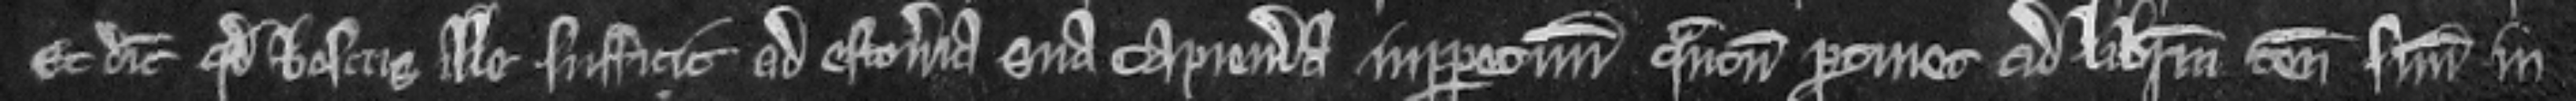
Et dicit quod boscus ille sufficit ad estoveria sua capienda inperpetuum quantum pertinet ad liberum tenementum suum in